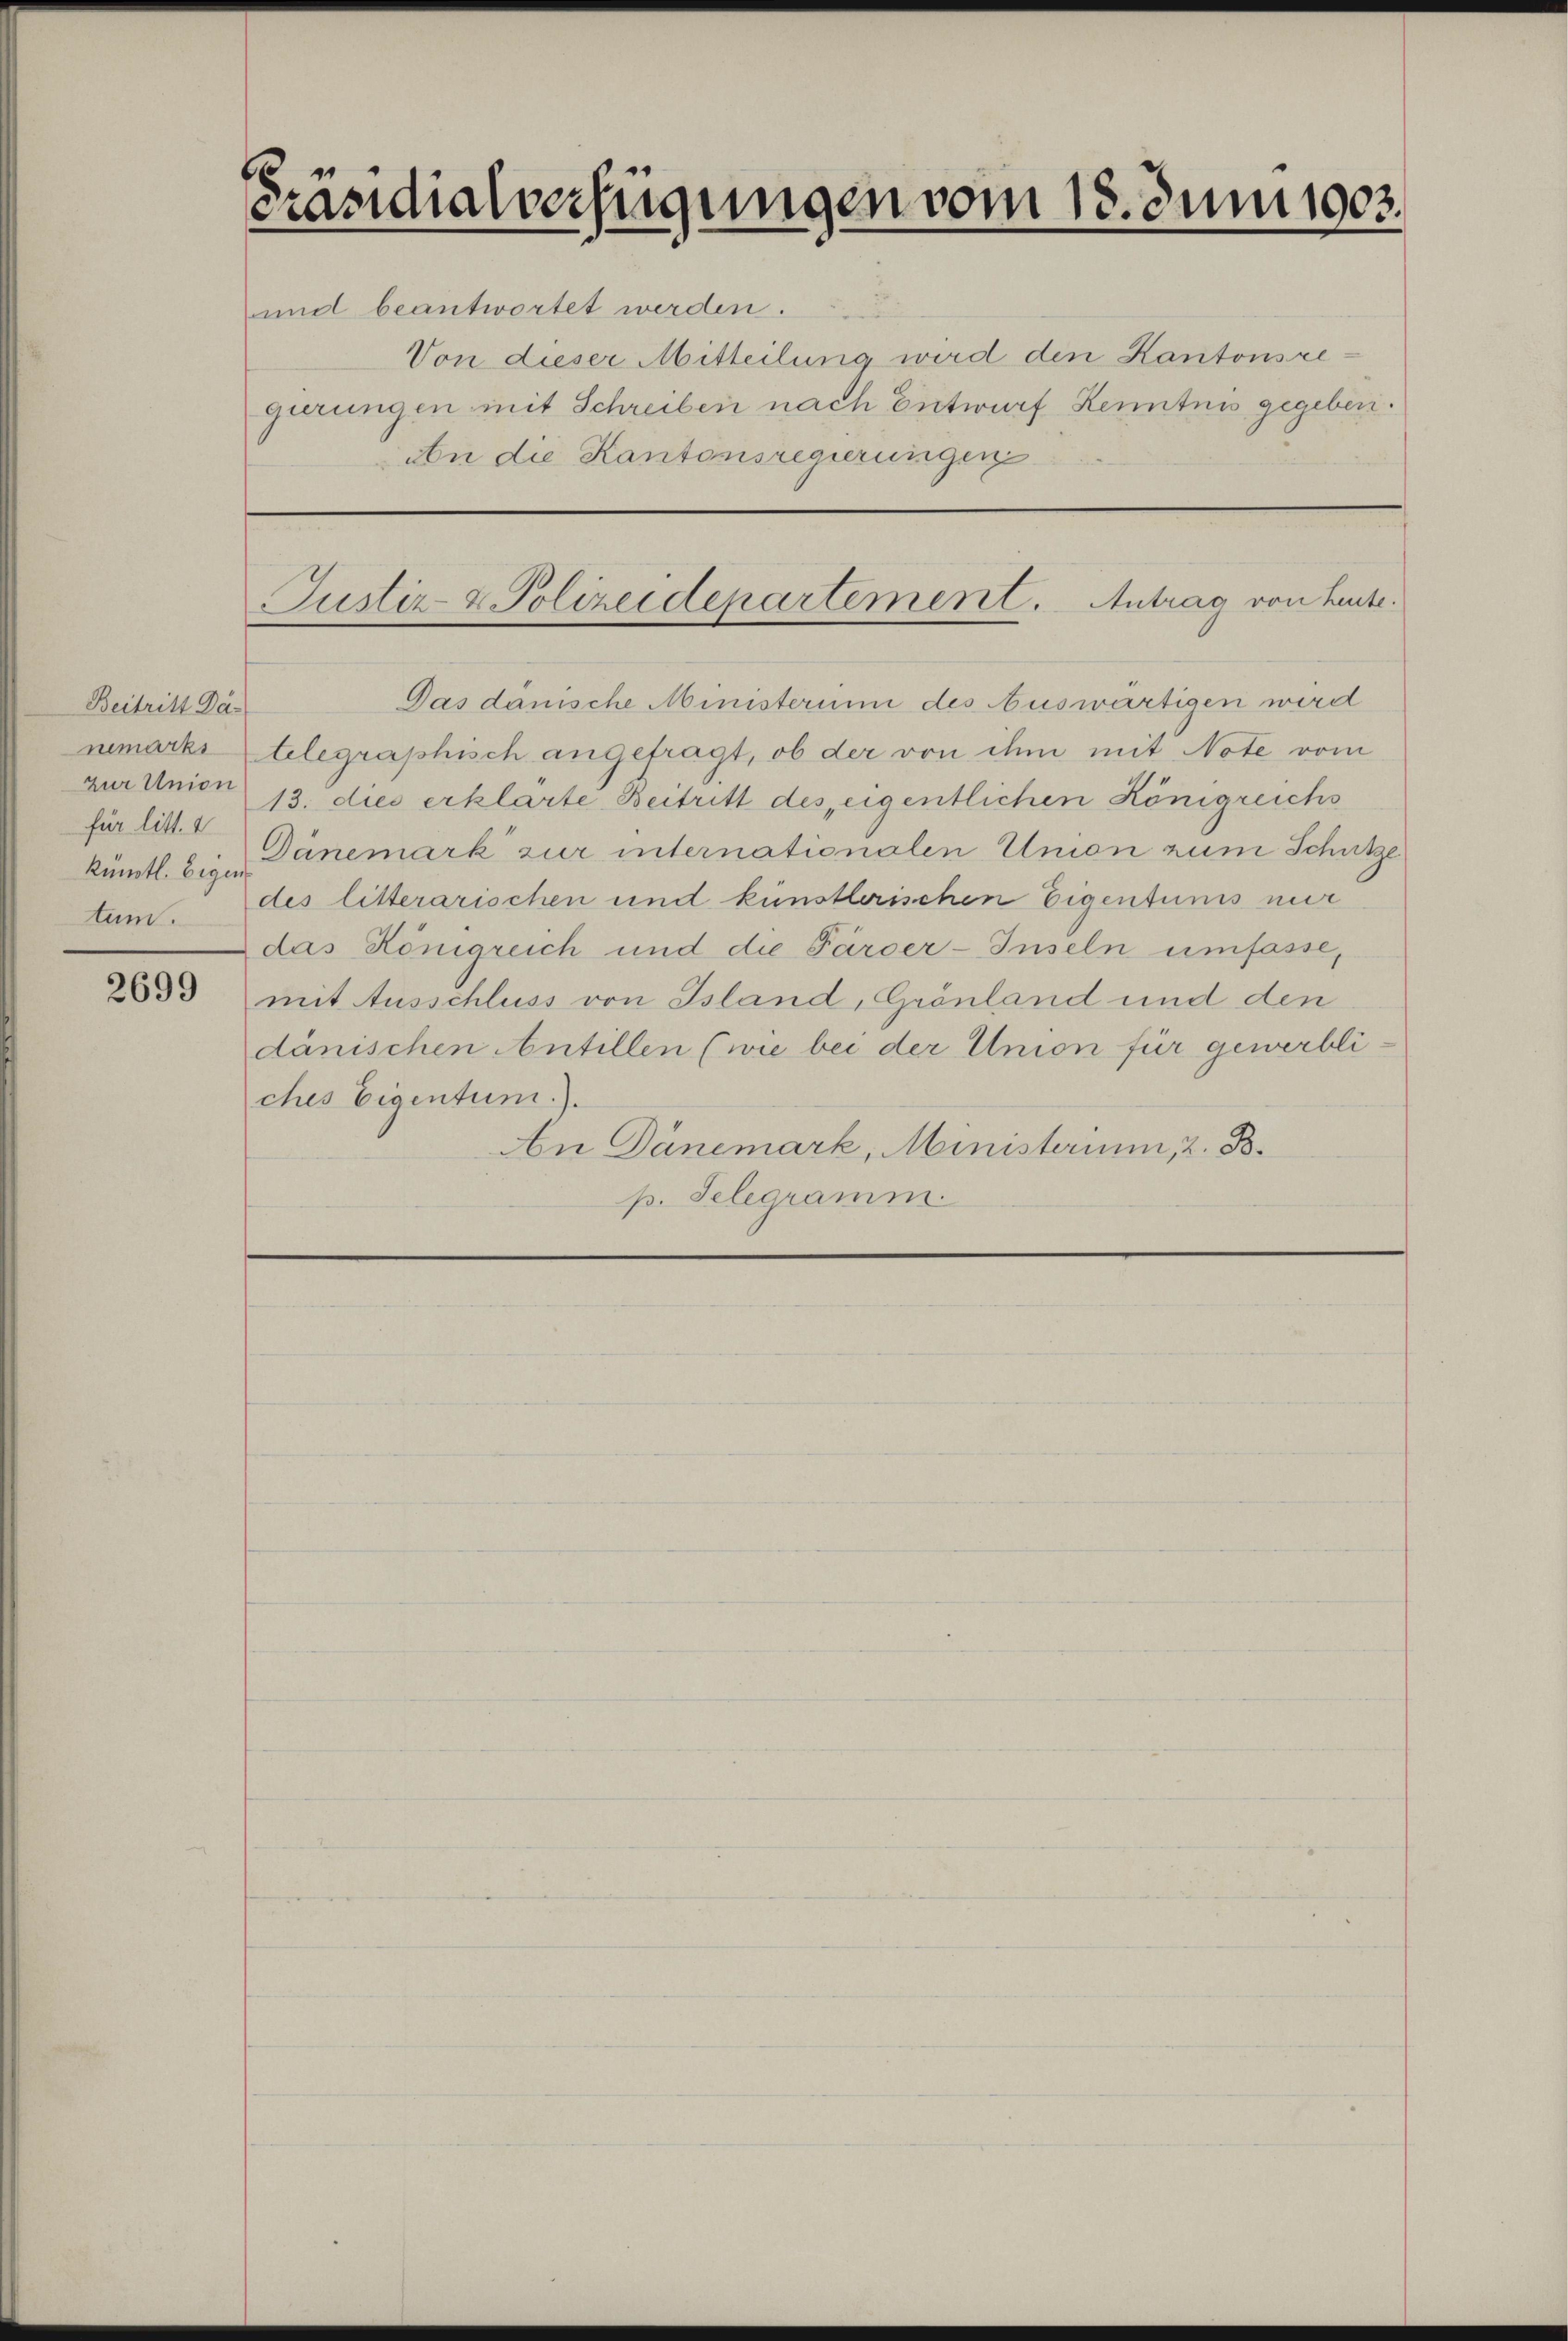
Beitritt Dar
nemarks
Zur Union
für litt. 4
kümtl. Eigen
tum.

2699

b
Prandialverfügungen vom 18. Juni 1903.

und beantwortet werden.
Von dieser Mitteilung wird den Kantonsregirungen mit Schreiben nach Entwurf Kenntnis gegeben.
An die Kantonsregierungen

Justiz- & Polizeidepartement. Antrag von heute.

Das dänische Ministerium des Auswärtigen wird
Aelegraphisch angefragt, ob der von ihm mit Note vom
13. dies erklärte Beitritt des eigentlichen Königreichs
Dänemark zur internationalen Union zum Schütze
des litterarischen und künstlerischen Eigentunis nur
das Königreich und die Färber-Inseln umfasse,
mit Ausschluss von Island, Grönland und den
dänischen Antillen (wie bei der Union für gewerbliches Eigentum.).
An Dänemark, Ministerium, 2. B.
p. Telegramm.